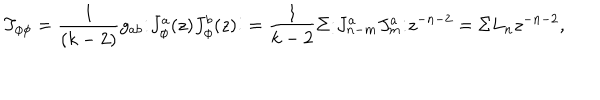
LaTeX: T _ { \phi \phi } = \frac { 1 } { ( k - 2 ) } g _ { a b } { \large : } J _ { \phi } ^ { a } ( z ) J _ { \phi } ^ { b } ( z ) { \large : } = \frac { 1 } { k - 2 } \Sigma { \large : } J _ { n - m } ^ { a } J _ { m } ^ { a } { \large : } z ^ { - n - 2 } = \Sigma L _ { n } z ^ { - n - 2 } ,